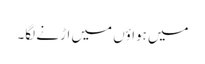
میں ہواؤں میں اڑنے لگا۔